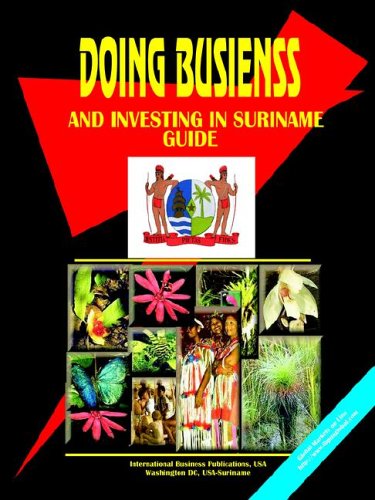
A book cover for Doing Business And Investing in Suriname (World Business, Investment and Government Library); Ibp Usa; Travel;